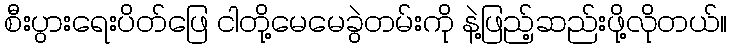
စီးပွားရေးပိတ်ဖြေ ငါတို့မေမေခွဲတမ်းကို နဲ့ဖြည့်ဆည်းဖို့လိုတယ်။